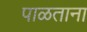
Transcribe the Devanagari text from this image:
पाळताना